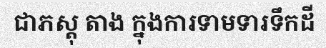
ជាភស្តុ តាង ក្នុងការទាមទារទឹកដី